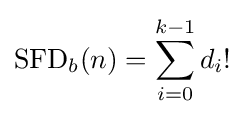
\operatorname {SFD} _{b}(n)=\sum _{i=0}^{k-1}d_{i}!